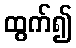
ထွက်၍